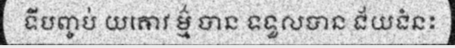
ទីបញ្ចប់ យឝោវ ម៌្ម បាន ទទួលបាន ជ័យជំនះ